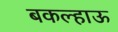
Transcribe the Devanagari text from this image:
बकल्हाऊ